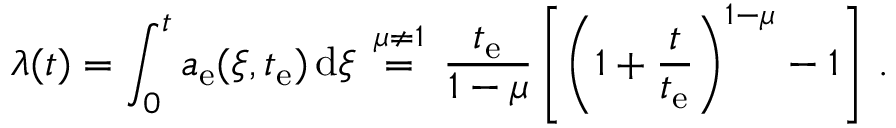
\lambda ( t ) = \int _ { 0 } ^ { t } a _ { \mathrm { e } } ( \xi , t _ { \mathrm { e } } ) \, \mathrm { d } \xi \, \stackrel { \mu \neq 1 } { = } \, \frac { t _ { \mathrm { e } } } { 1 - \mu } \left[ \left( 1 + \frac { t } { t _ { \mathrm { e } } } \right) ^ { 1 - \mu } - 1 \right] \, .